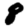
Digit: 8